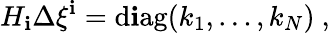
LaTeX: H_{\mathbf{i}}\Delta\xi^{\mathbf{i}}=\mathrm{{d\mathbf{i}ag}}(k_{1},\ldots,k_{N})~,